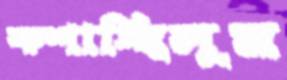
কশাচ্ছিলুম